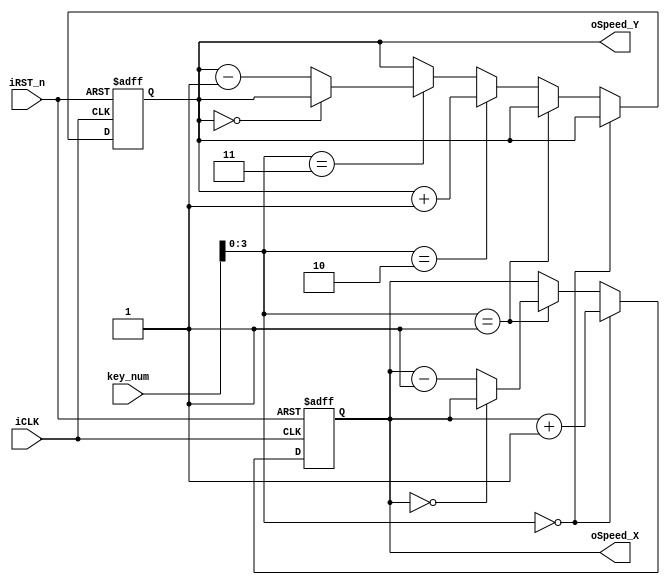
//--S1S2S3S4xy
module Ball_speed(iCLK,iRST_n,key_num,oSpeed_X,oSpeed_Y);
	input iCLK,iRST_n;
	input [15:0]key_num;
	output [3:0]oSpeed_X;
	output [3:0]oSpeed_Y;
	
	reg [3:0]oSpeed_X;
	reg [3:0]oSpeed_Y;
	
	always@(posedge iCLK or negedge iRST_n)
		begin
			if(!iRST_n)
				begin
					oSpeed_X<=0;
					oSpeed_Y<=0;
				end
			else 
				begin
					if(key_num[3:0]==4'h0)		//S1x
						oSpeed_X<=oSpeed_X+1;
					else if(key_num[3:0]==4'h1)	//S2x
						begin
							if(oSpeed_X==0)	//x0
								oSpeed_X<=oSpeed_X;
							else
								oSpeed_X<=oSpeed_X-1;
						end
					else if(key_num[3:0]==4'h2)	//S3y
						oSpeed_Y<=oSpeed_Y+1;
					else if(key_num[3:0]==4'h3)	//S4y
						begin
							if(oSpeed_Y==0)	//y0
								oSpeed_Y<=oSpeed_Y;
							else
								oSpeed_Y<=oSpeed_Y-1;
						end
					else
						begin
							oSpeed_X<=oSpeed_X;
							oSpeed_Y<=oSpeed_Y;
						end
				end
		end
		
endmodule